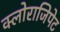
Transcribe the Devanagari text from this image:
क्लोराजिपेट